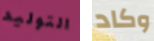
التوليد وكاد